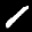
Label: 1